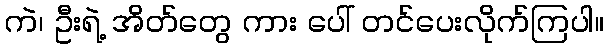
ကဲ၊ ဦးရဲ့ အိတ်တွေ ကား ပေါ် တင်ပေးလိုက်ကြပါ။